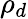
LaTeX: \rho_{d}